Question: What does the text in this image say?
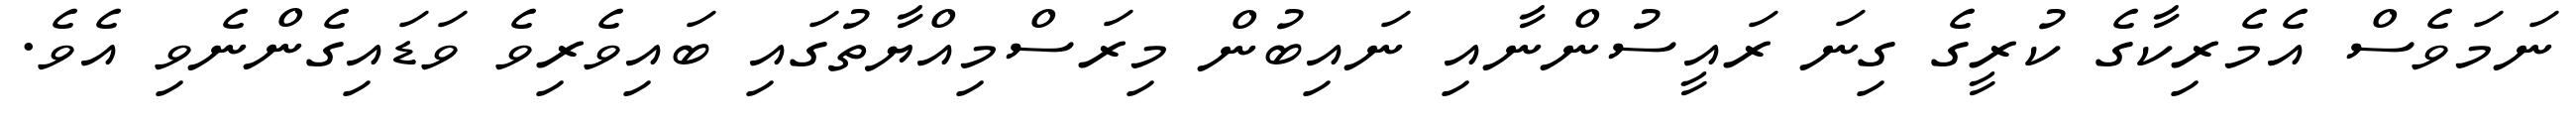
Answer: ނަމަވެސް އެމެރިކާގެ ކުރީގެ ގިނަ ރައީސުންނާއި ނައިބުން މިރަސްމިއްޔާތުގައި ބައިވެރިވެ ވަޑައިގެންނެވި އެވެ.